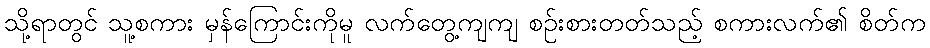
သို့ရာတွင် သူ့စကား မှန်ကြောင်းကိုမူ လက်တွေ့ကျကျ စဉ်းစားတတ်သည့် စကားလက်၏ စိတ်က